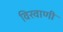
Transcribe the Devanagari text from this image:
विरवाणी